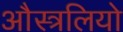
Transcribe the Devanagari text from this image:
औस्त्रलियो